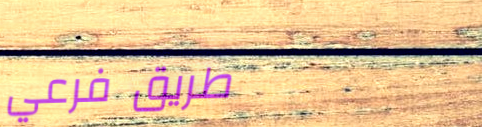
طريق فرعي